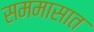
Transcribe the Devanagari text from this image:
सममासात